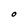
Character: O